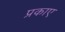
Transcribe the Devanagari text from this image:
प्रकाए